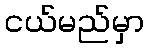
ငယ်မည်မှာ